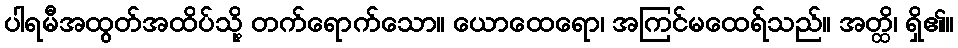
ပါရမီအထွတ်အထိပ်သို့ တက်ရောက်သော။ ယောထေရော၊ အကြင်မထေရ်သည်။ အတ္ထိ၊ ရှိ၏။